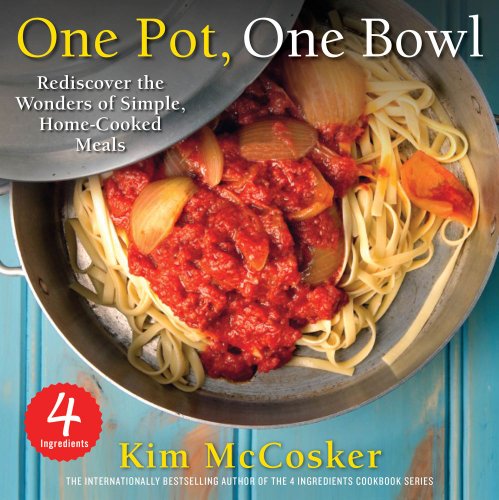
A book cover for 4 Ingredients One Pot, One Bowl: Rediscover the Wonders of Simple, Home-Cooked Meals; Kim McCosker; Cookbooks, Food & Wine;